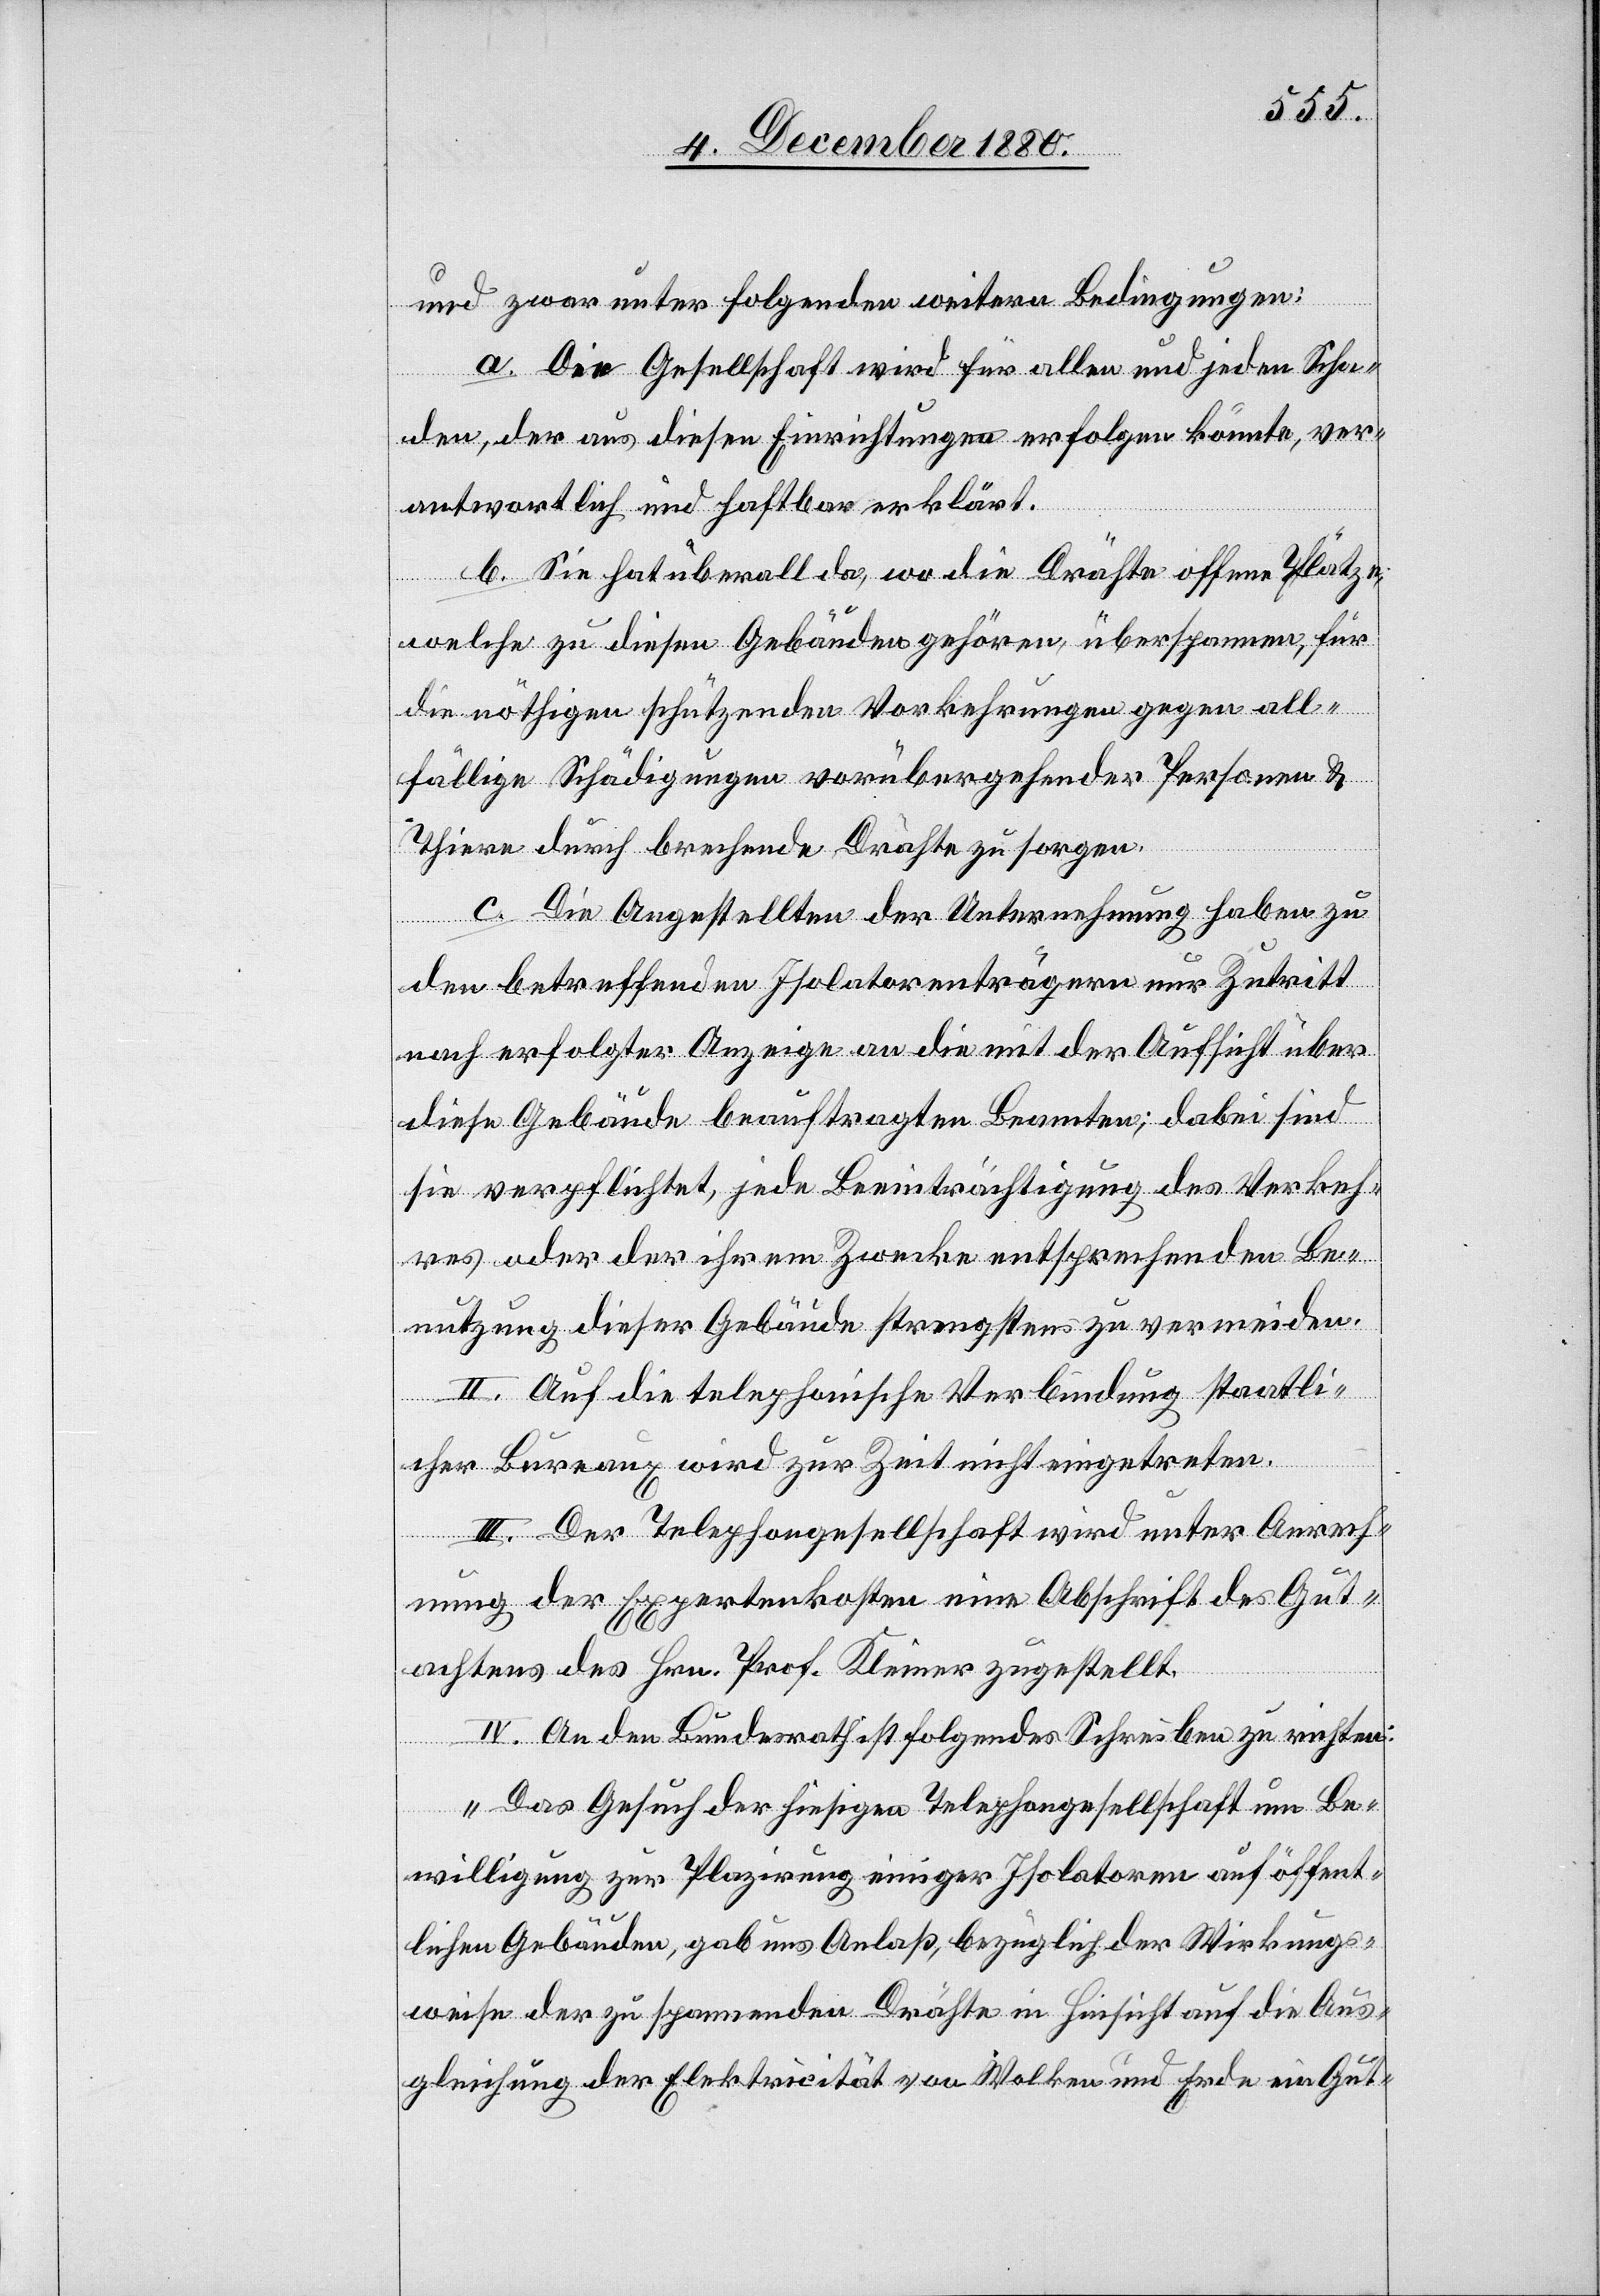
und zwar unter folgenden weitern Bedingungen:
a. Die Gesellschaft wird für allen und jeden Scha¬
den, der aus diesen Einrichtungen erfolgen könnte, ver¬
antwortlich und haftbar erklärt.
b. Sie hat überall da, wo die Drähte offene Plätze,
welche zu diesen Gebäuden gehören, über spannen, für
die nöthigen schützenden Vorkehrungen gegen all¬
fällige Schädigungen vorübergehender Personen &
Thiere durch brechende Drähte zu sorgen.
c. Die Angestellten der Unternehmung haben zu
den betreffenden Isolatorenträgern nur Zutritt
nach erfolgter Anzeige an die mit der Aufsicht über
diese Gebäude beauftragten Beamten; dabei sind
sie verpflichtet, jede Beeinträchtigung des Verkeh¬
res oder der ihrem Zwecke entsprechenden Be¬
nutzung dieser Gebäude strengstens zu vermeiden.
II. Auf die telephonische Verbindung staatli¬
cher Bureaux wird zur Zeit nicht eingetreten.
III. Der Telephongesellschaft wird unter Anrech¬
nung der Expertenkosten eine Abschrift des Gut¬
achtens des Hrn. Prof. Kleiner zugestellt.
IV. An den Bundesrath ist folgendes Schreiben zu richten:
„Das Gesuch der hiesigen Telephongesellschaft um Be¬
willigung zur Plazirung einiger Isolatoren auf öffent¬
lichen Gebäuden, gab uns Anlaß, bezüglich der Wirkungs¬
weise der zu spannenden Drähte in Hinsicht auf die Aus¬
gleichung der Elektrizität von Wolken und Erde ein Gut-